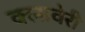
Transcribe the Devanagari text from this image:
क्लावेरी